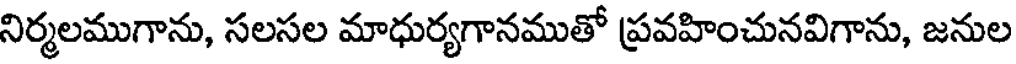
నిర్మలముగాను, సలసల మాధుర్యగానముతో ప్రవహించునవిగాను, జనుల